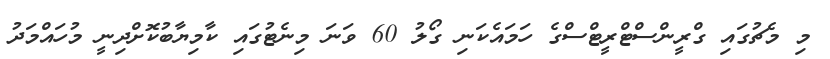
މި މެޗުގައި ގްރީންސްޓްރީޓްސްގެ ހަމައެކަނި ގޯލު 60 ވަނަ މިނެޓުގައި ކާމިޔާބުކޮށްދިނީ މުހައްމަދު